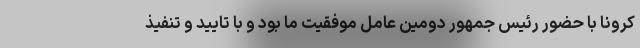
کرونا با حضور رئیس جمهور دومین عامل موفقیت ما بود و با تایید و تنفیذ